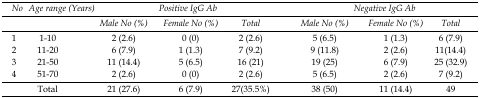
| No | Age range (Years) | <COLSPAN=3> Positive IgG Ab | <COLSPAN=3> Negative IgG Ab |
 |  |  | Male No (%) | Female No (%) | Total | Male No (%) | Female No (%) | Total |
 | --- | --- | --- | --- | --- | --- | --- | --- |
 | 1 | 1-10 | 2 (2.6) | 0 (0) | 2 (2.6) | 5 (6.5) | 1 (1.3) | 6 (7.9) |
 | 2 | 11-20 | 6 (7.9) | 1 (1.3) | 7 (9.2) | 9 (11.8) | 2 (2.6) | 11(14.4) |
 | 3 | 21-50 | 11 (14.4) | 5 (6.5) | 16 (21) | 19 (25) | 6 (7.9) | 25 (32.9) |
 | 4 | 51-70 | 2 (2.6) | 0 (0) | 2 (2.6) | 5 (6.5) | 2 (2.6) | 7 (9.2) |
 |  | Total | 21 (27.6) | 6 (7.9) | 27(35.5%) | 38 (50) | 11 (14.4) | 49 |